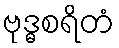
ဗုဒ္ဓစရိတံ